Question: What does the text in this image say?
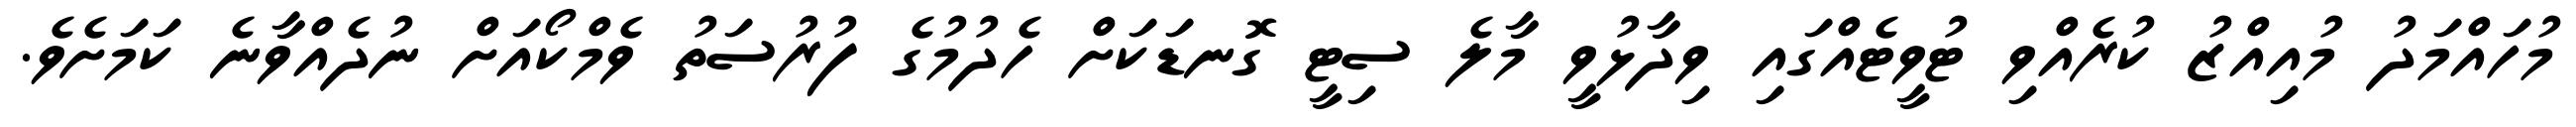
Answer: މުހައްމަދު މުއިއްޒު ކުރެއްވި ޓުވީޓެއްގައި ވިދާޅުވީ މާލެ ސިޓީ ގޮނޑަކަށް ހެދުމުގެ ފުރުސަތު ވެމްކޯއަށް ނުދެއްވާނެ ކަމަށެވެ.